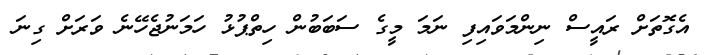
އެގޮތަށް ރައީސް ނިންމަވައިފި ނަމަ މީގެ ސަބަބުން ހިތްޕުޅު ހަމަނުޖެހޭނެ ވަރަށް ގިނަ